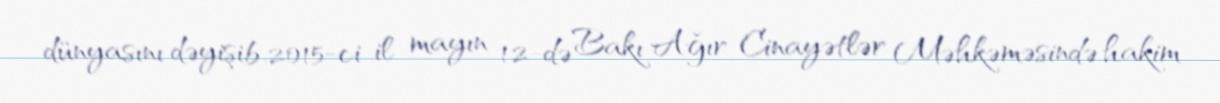
dünyasını dəyişib.2015-ci il mayın 12-də Bakı Ağır Cinayətlər Məhkəməsində hakim